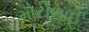
મોટોભાઈ